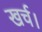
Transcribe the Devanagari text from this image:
खर्च।